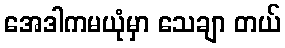
အေဒါကမယုံမှာ သေချာ တယ်